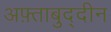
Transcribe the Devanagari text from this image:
अफ़्ताबुद्दीन